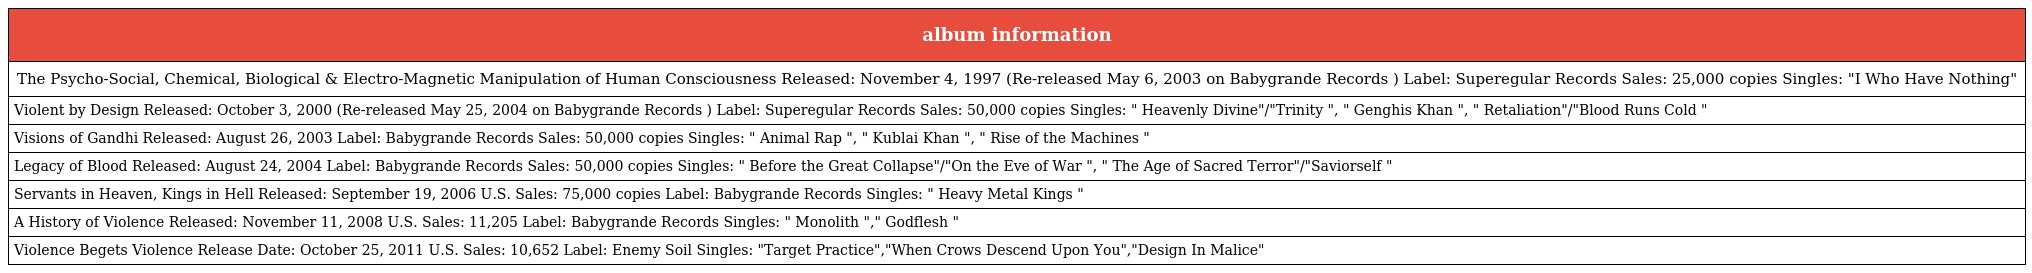
| album information |
 | --- |
 | The Psycho-Social, Chemical, Biological & Electro-Magnetic Manipulation of Human Consciousness Released: November 4, 1997 (Re-released May 6, 2003 on Babygrande Records ) Label: Superegular Records Sales: 25,000 copies Singles: "I Who Have Nothing" |
 | Violent by Design Released: October 3, 2000 (Re-released May 25, 2004 on Babygrande Records ) Label: Superegular Records Sales: 50,000 copies Singles: " Heavenly Divine"/"Trinity ", " Genghis Khan ", " Retaliation"/"Blood Runs Cold " |
 | Visions of Gandhi Released: August 26, 2003 Label: Babygrande Records Sales: 50,000 copies Singles: " Animal Rap ", " Kublai Khan ", " Rise of the Machines " |
 | Legacy of Blood Released: August 24, 2004 Label: Babygrande Records Sales: 50,000 copies Singles: " Before the Great Collapse"/"On the Eve of War ", " The Age of Sacred Terror"/"Saviorself " |
 | Servants in Heaven, Kings in Hell Released: September 19, 2006 U.S. Sales: 75,000 copies Label: Babygrande Records Singles: " Heavy Metal Kings " |
 | A History of Violence Released: November 11, 2008 U.S. Sales: 11,205 Label: Babygrande Records Singles: " Monolith "," Godflesh " |
 | Violence Begets Violence Release Date: October 25, 2011 U.S. Sales: 10,652 Label: Enemy Soil Singles: "Target Practice","When Crows Descend Upon You","Design In Malice" |